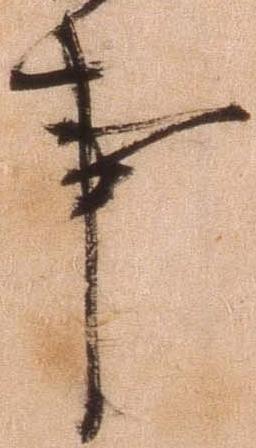
事